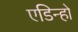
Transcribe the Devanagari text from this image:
एडिन्हो